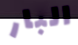
البار